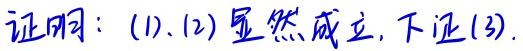
证明：(1)、(2)显然成立, 下证(3).